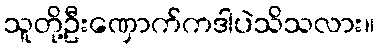
သူတို့ဦးဏှောက်ကဒါပဲသိသလား။